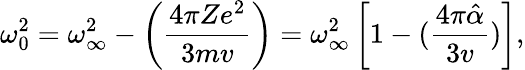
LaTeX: \omega_{0}^{2}=\omega_{\infty}^{2}-\left(\frac{4\pi Ze^{2}}{3mv}\right)=\omega_{\infty}^{2}\left[1-(\frac{4\pi{\hat{\alpha}}}{3v})\right],